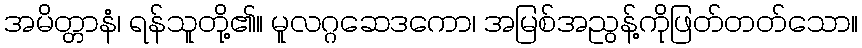
အမိတ္တာနံ၊ ရန်သူတို့၏။ မူလဂ္ဂဆေဒကော၊ အမြစ်အညွန့်ကိုဖြတ်တတ်သော။